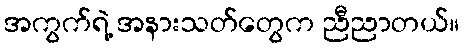
အကွက်ရဲ့ အနားသတ်တွေက ညီညာတယ်။